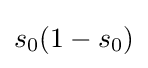
s_{0}(1-s_{0})